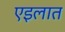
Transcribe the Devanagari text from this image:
एइलात